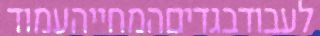
לעבודבגדיםהמחייהעמוד